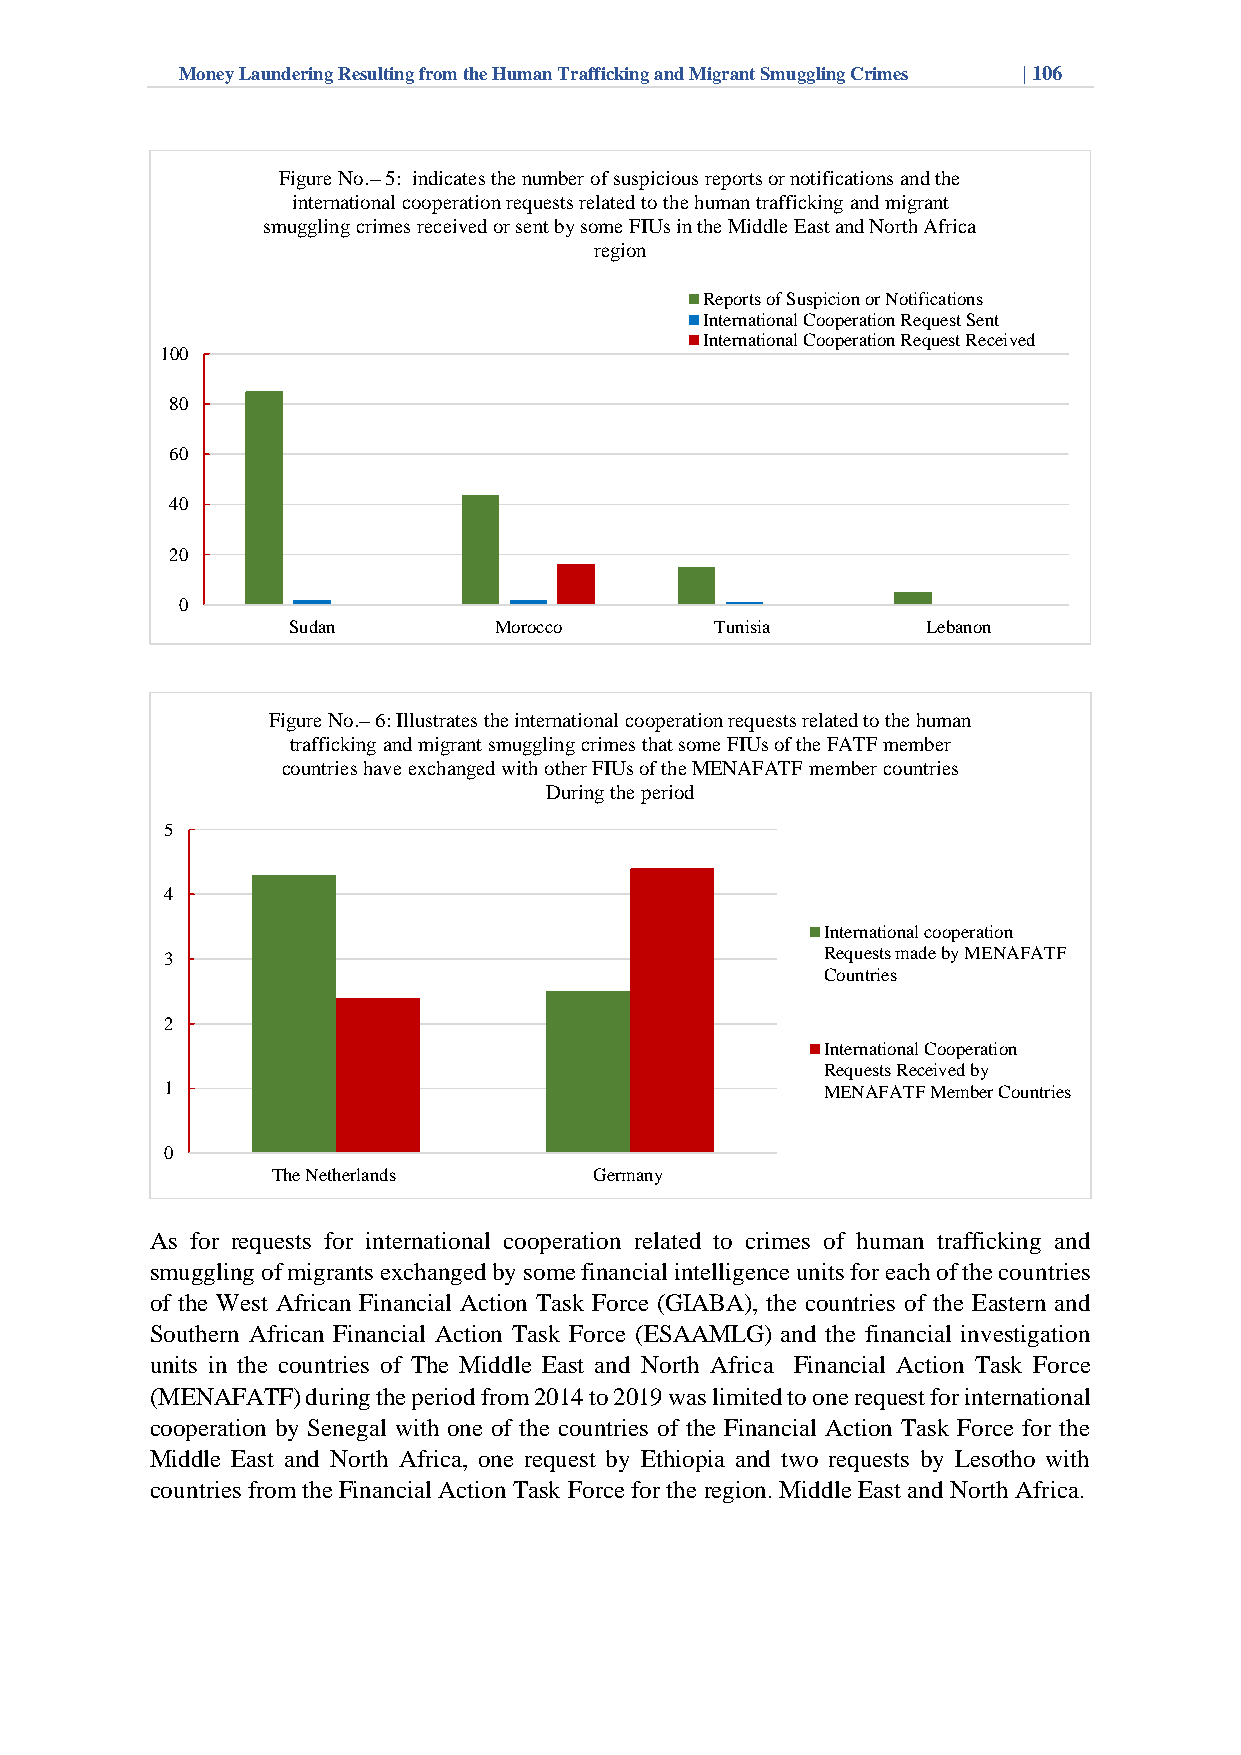
Money Laundering Resulting from the Human Trafficking and Migrant Smuggling Crimes | 106
 Figure No.–5: indicates the number of suspicious reports or notifications and the
 international cooperation requests related to the human trafficking and migrant
 smuggling crimes received or sent by some FIUs in the Middle East and North Africa
 region
 Reports of Suspicion or Notifications
 International Cooperation Request Sent
 International Cooperation Request Received
 100
 80
 60
 40
 20
 0
 Sudan         Morocco       Tunisia       Lebanon
 Figure No.–6: Illustrates the international cooperation requests related to the human
 trafficking and migrant smuggling crimes that some FIUs of the FATF member
 countries have exchanged with other FIUs of the MENAFATF member countries
 During the period
 5
 4
 International cooperation
 3                                           Requests made by MENAFATF
 Countries
 2
 International Cooperation
 Requests Received by
 1                                           MENAFATF Member Countries
 0
 The Netherlands      Germany
 As for requests for international cooperation related to crimes of human trafficking and
 smuggling of migrants exchanged by some financial intelligence units for each of the countries
 of the West African Financial Action Task Force (GIABA), the countries of the Eastern and
 Southern African Financial Action Task Force (ESAAMLG) and the financial investigation
 units in the countries of The Middle East and North Africa Financial Action Task Force
 (MENAFATF) during the period from 2014 to 2019 was limited to one request for international
 cooperation by Senegal with one of the countries of the Financial Action Task Force for the
 Middle East and North Africa, one request by Ethiopia and two requests by Lesotho with
 countries from the Financial Action Task Force for the region. Middle East and North Africa.